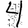
Digit: 4